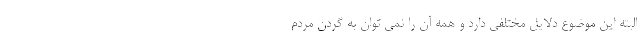
البته این موضوع دلایل مختلفی دارد و همه آن را نمی توان به گردن مردم